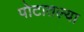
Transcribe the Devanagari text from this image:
पोटातल्या